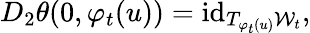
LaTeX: D_{2}\theta(0,\varphi_{t}(u))=\mathrm{id}_{T_{\varphi_{t}(u)}\mathcal{W}_{t}},